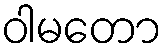
ဝါမတော